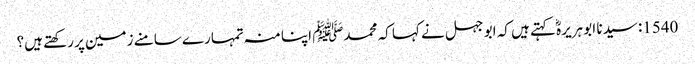
1540: سیدنا ابو ہریرہؓ کہتے ہیں کہ ابو جہل نے کہا کہ محمدﷺ اپنا منہ تمہارے سامنے زمین پر رکھتے ہیں؟